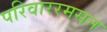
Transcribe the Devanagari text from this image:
परिवाररमसन